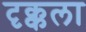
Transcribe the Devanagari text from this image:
दृक्कला